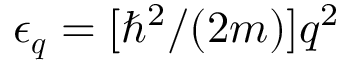
\epsilon _ { \boldsymbol { q } } = [ \hbar ^ { 2 } / ( 2 m ) ] q ^ { 2 }